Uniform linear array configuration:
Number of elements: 48
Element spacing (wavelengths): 0.25
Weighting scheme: binomial
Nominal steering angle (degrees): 0
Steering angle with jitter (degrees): -0.1078
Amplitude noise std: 0.05
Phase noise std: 0.05

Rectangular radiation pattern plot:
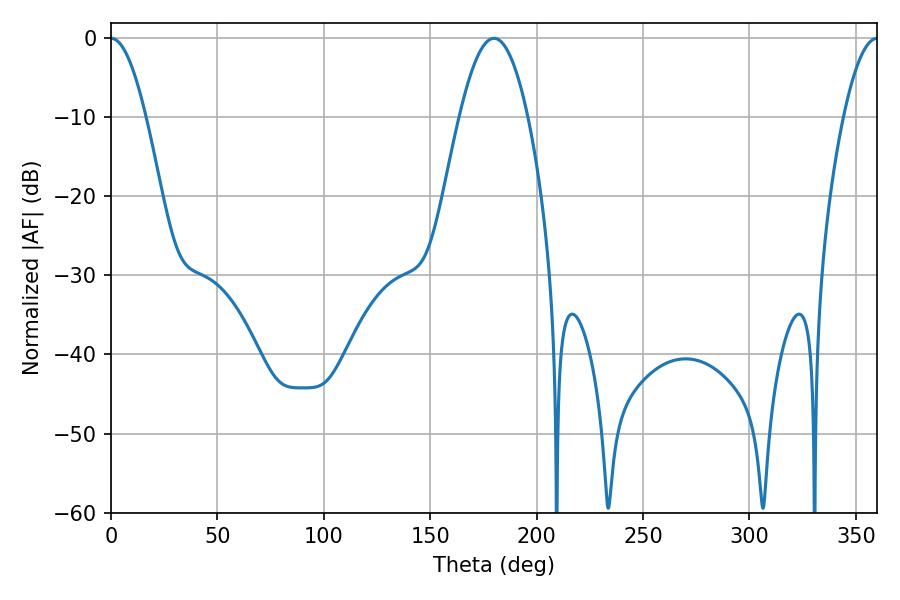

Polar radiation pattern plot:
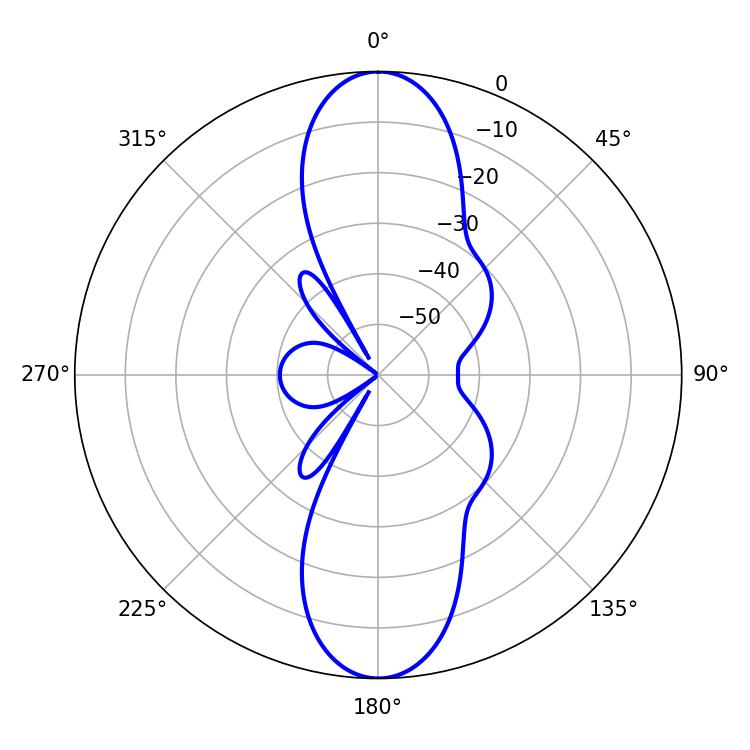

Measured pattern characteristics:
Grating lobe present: FALSE
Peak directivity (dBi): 27.534
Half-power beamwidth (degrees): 8.82
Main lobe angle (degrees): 0